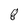
Character: 8